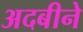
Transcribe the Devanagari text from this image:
अदबीने